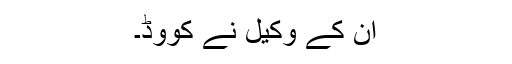
ان کے وکیل نے کووِڈ۔